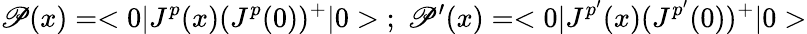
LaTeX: \mathscr{P}(x)=<0|J^{p}(x)(J^{p}(0))^{+}|0>\; ;\; \mathscr{P}^{\prime}(x)=<0|J^{p^{\prime}}(x)(J^{p^{\prime}}(0))^{+}|0>